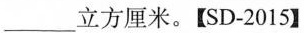
___立方厘米。[SD-2015】